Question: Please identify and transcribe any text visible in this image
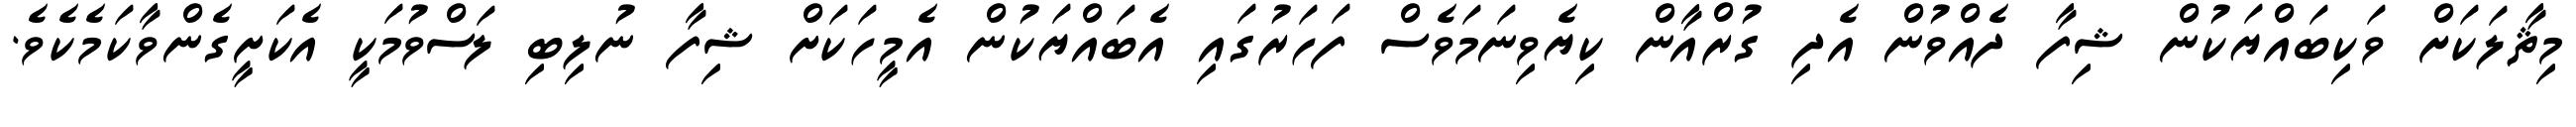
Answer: މިޘާލަކަށް ވަކިބައްޔަކުން ޝިފާ ދެއްވުން އެދި ގުރްއާން ކިޔެވިނަމަވެސް ފަހަރުގައި އެބައްޔަކުން އެމީހަކަށް ޝިފާ ނުލިބި ލަސްވުމަކީ އެކަށީގެންވާކަމެކެވެ.